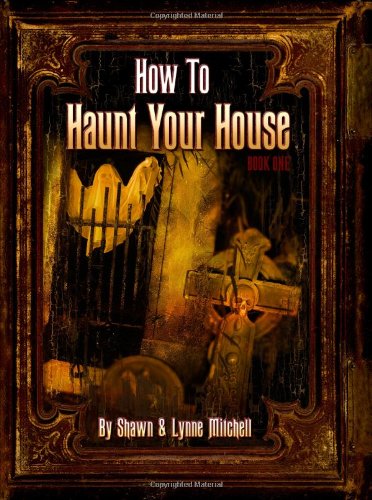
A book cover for How To Haunt Your House; Shawn Mitchell; Crafts, Hobbies & Home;